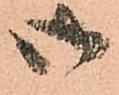
御